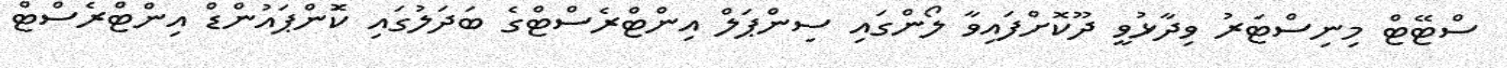
ސްޓޭޓް މިނިސްޓަރު ވިދާޅުވީ ދޫކޮށްފައިވާ ލޯންގައި ސިންޕަލް އިންޓްރެސްޓްގެ ބަދަލުގައި ކަޮންޕައުންޑް އިންޓްރެސްޓް